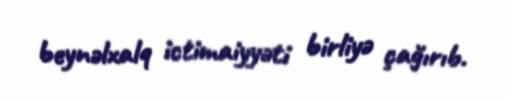
beynəlxalq ictimaiyyəti birliyə çağırıb.